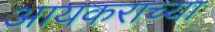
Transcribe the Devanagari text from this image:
आयकराच्या